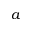
a